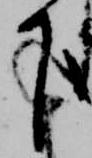
下